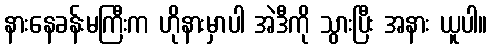
နားနေခန်းမကြီးက ဟိုနားမှာပါ အဲဒီကို သွားပြီး အနား ယူပါ။